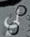
لي